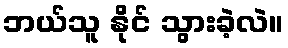
ဘယ်သူ နိုင် သွားခဲ့လဲ။